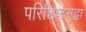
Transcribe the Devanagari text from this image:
परिशिष्टसुद्धा